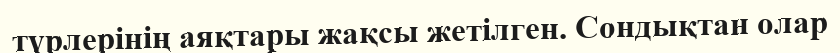
түрлерінің аяқтары жақсы жетілген. Сондықтан олар